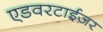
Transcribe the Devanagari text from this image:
एडवरटाईज़र